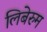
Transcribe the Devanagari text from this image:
लिबेरुम